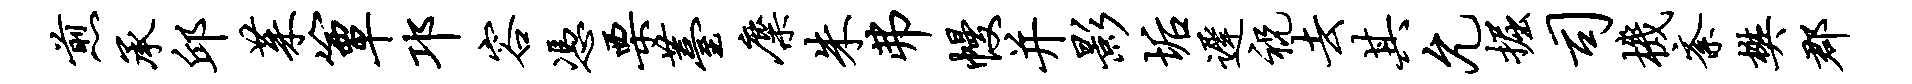
煎承邱茱簟邛容凭栗薹麋朱弗幔并影垢迟祝去其允掘司机紊樊郡